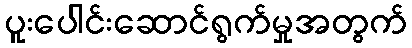
ပူးပေါင်းဆောင်ရွက်မှုအတွက်